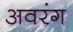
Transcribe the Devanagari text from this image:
अवरंग